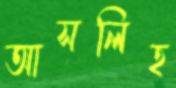
আসলিহ